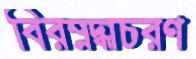
বিরম্নদ্ধাচরণ